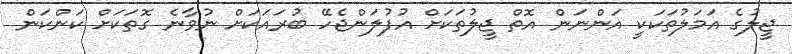
ޖީލުގެ އަމަލުތަކަކީ އަންނަން އޮތް ޖީލުތަކަށް އުފުލަންޖެހޭ ބުރައަކަށް ނުވާނެ ގޮތަކަށް ކަންކަން